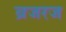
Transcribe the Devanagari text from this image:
ब्रजरज